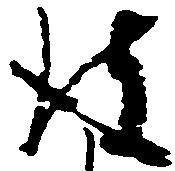
彼